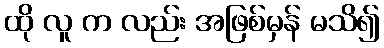
ထို လူ က လည်း အဖြစ်မှန် မသိ၍